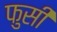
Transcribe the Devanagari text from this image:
फुसी